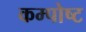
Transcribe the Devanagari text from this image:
कम्पोष्ट